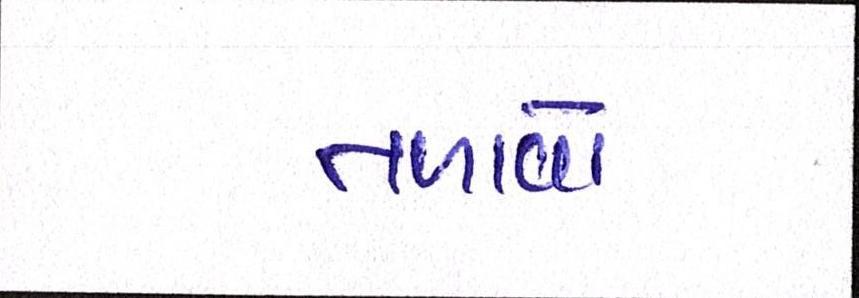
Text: તાળાવો